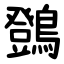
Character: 䳾